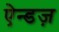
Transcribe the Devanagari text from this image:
ऐन्डज़